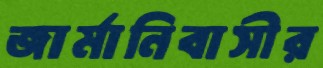
জার্মানিবাসীর